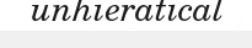
unhieratical